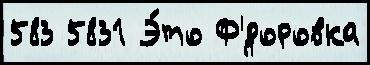
583 5831 Э́то Ф'́доровка